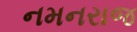
નમનરાજ